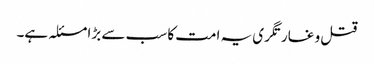
قتل و غارتگری یہ امت کا سب سے بڑا مسئلہ ہے۔